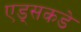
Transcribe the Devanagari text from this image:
एड्‌सकडे